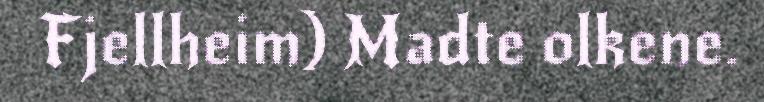
Fjellheim) Madte olkene.